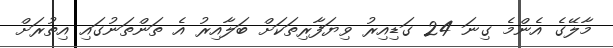
މާލޭގެ އެންމެ ގިނަ 24 ގަޑިއިރު ވިޔަފާރިތަކަށް ބަލާއިރު އެ ތަންތަނުގައި އިތުރަށް